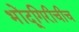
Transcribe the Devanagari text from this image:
भोंदूगिरीचीच